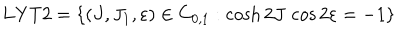
LaTeX: \mathrm { L Y T 2 } = \left\{ ( J , J _ { 1 } , \varepsilon ) \in C _ { 0 , 1 } : \cosh 2 J \, \cos 2 \varepsilon = - 1 \right\}